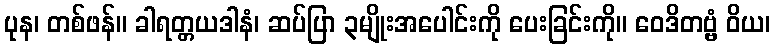
ပုန၊ တစ်ဖန်။ ခါရတ္တယဒါနံ၊ ဆပ်ပြာ ၃မျိုးအပေါင်းကို ပေးခြင်းကို။ ဝေဒိတဗ္ဗံ ဝိယ၊